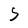
Character: 5